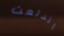
اندلعت